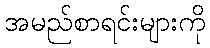
အမည်စာရင်းများကို